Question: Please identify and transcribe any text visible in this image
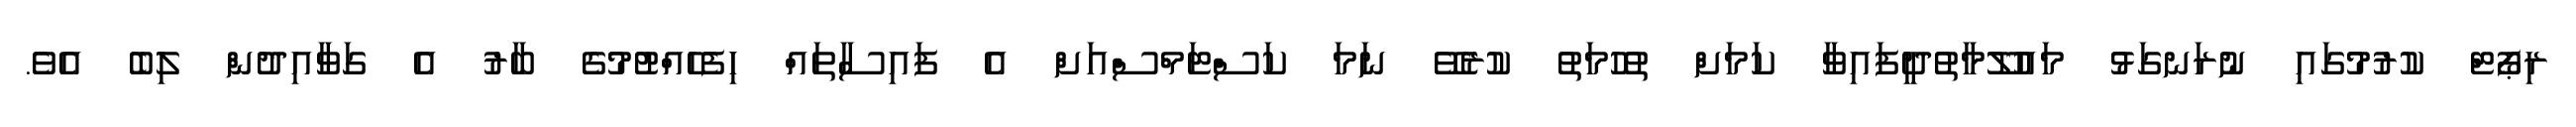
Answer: ރިޕޯޓް ކުރުމުގައި ނުރަނގަޅު މައުލޫމާތުދީފައިވާ ކަމަށް ތުހުމަތު ކުރެވޭ ނަމަ ކަސްޓަމްސްއަށް އެ ފައިސާތައް ހިފެހެއްޓުމުގެ ބާރު އެ ގަވާއިދުން ލިބެ އެވެ.